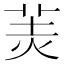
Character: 𦍚